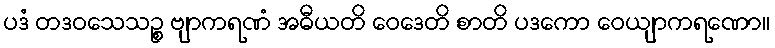
ပဒံ တဒဝသေသဉ္စ ဗျာကရဏံ အဓီယတိ ဝေဒေတိ စာတိ ပဒကော ဝေယျာကရဏော။